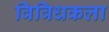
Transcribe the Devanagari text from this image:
विविधकला